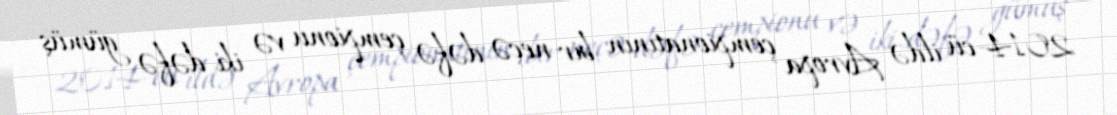
2014-cü ildə Avropa çempionatının bir neçə dəfə çempionu və iki dəfə gümüş